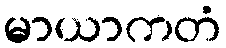
မာယာကတံ